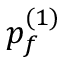
p _ { f } ^ { ( 1 ) }